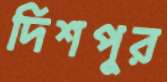
দিশপুর